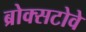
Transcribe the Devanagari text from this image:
ब्रोक्सटोवे